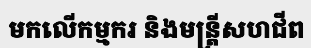
មកលើកម្មករ និងមន្ត្រីសហជីព